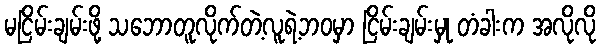
မငြိမ်းချမ်းဖို့ သဘောတူလိုက်တဲ့လူရဲ့ဘဝမှာ ငြိမ်းချမ်းမှု တံခါးက အလိုလို